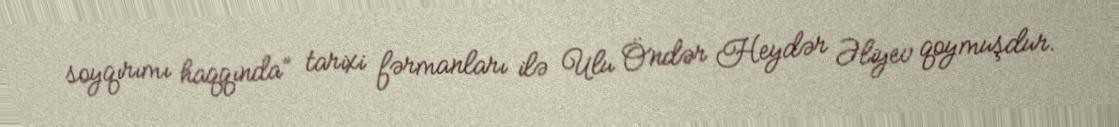
soyqırımı haqqında” tarixi fərmanları ilə Ulu Öndər Heydər Əliyev qoymuşdur.